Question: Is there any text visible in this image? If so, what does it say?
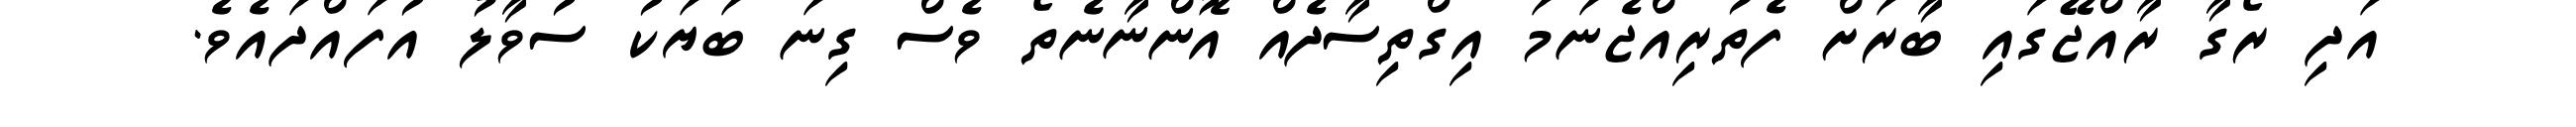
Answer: އަދި ރޯގާ ރާއްޖޭގައި ބާރަށް ފެތުރިއްޖެނަމަ އިގްތިސާދެއް އޮންނާނެތޯ ވެސް ގިނަ ބަޔަކު ސުވާލު އުފައްދައެވެ.